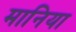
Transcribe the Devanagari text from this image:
मानिया